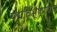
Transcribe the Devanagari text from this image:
पद्मविभूषणप्राप्त